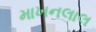
માખનલાલ